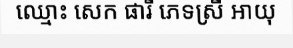
ឈ្មោះ សេក ផារី ភេទស្រី អាយុ